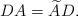
LaTeX: \begin{align*}DA=\widetilde A D.\end{align*}